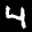
Digit: 4